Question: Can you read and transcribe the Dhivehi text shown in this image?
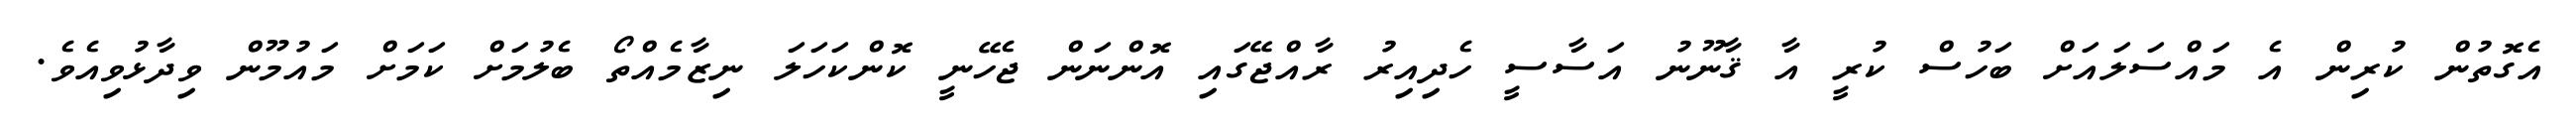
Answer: އެގޮތުން ކުރިން އެ މައްސަލައަށް ބަހުސް ކުރީ އާ ޤާނޫނު އަސާސީ ހެދިއިރު ރާއްޖޭގައި އޮންނަން ޖެހޭނީ ކޮންކަހަލަ ނިޒާމެއްތޯ ބެލުމަށް ކަމަށް މައުމޫން ވިދާޅުވިއެވެ.